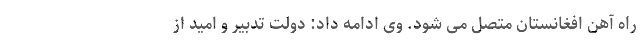
راه آهن افغانستان متصل می شود. وی ادامه داد: دولت تدبیر و امید از